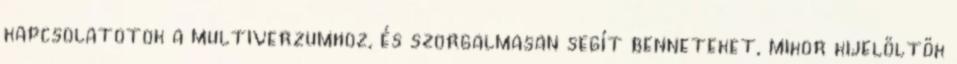
kapcsolatotok a multiverzumhoz, és szorgalmasan segít benneteket, mikor kijelöltök